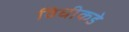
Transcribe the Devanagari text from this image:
विधीकडे